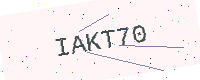
Text: IAKT70